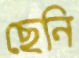
ছেনি